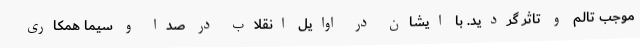
موجب تالم و تاثر گردید. با ایشان در اوایل انقلاب در صدا و سیما همکاری